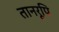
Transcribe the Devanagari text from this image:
तानरूपि